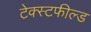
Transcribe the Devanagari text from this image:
टेक्स्टफील्ड